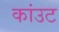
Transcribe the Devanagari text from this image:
कांउट